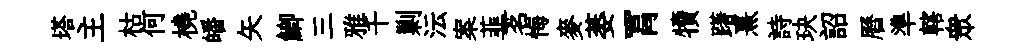
塔主枯何橈皤矢鯽三雅千剿沄案韮茗悔麥萎罥犢躇熹詩玦詔曆準轄衆